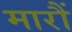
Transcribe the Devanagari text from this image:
मारौं